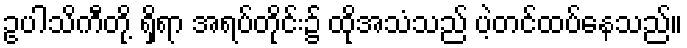
ဥပါသိကီတို့ ရှိရာ အရပ်တိုင်း၌ ထိုအသံသည် ပဲ့တင်ထပ်နေသည်။